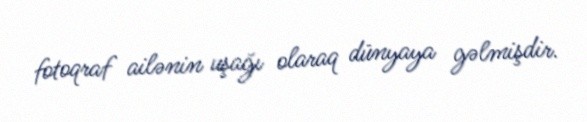
fotoqraf ailənin uşağı olaraq dünyaya gəlmişdir.